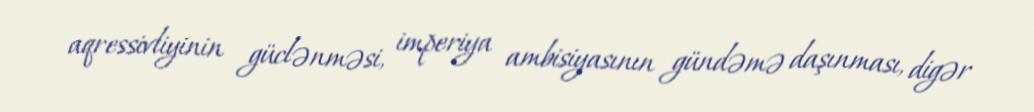
aqressivliyinin güclənməsi, imperiya ambisiyasının gündəmə daşınması, digər